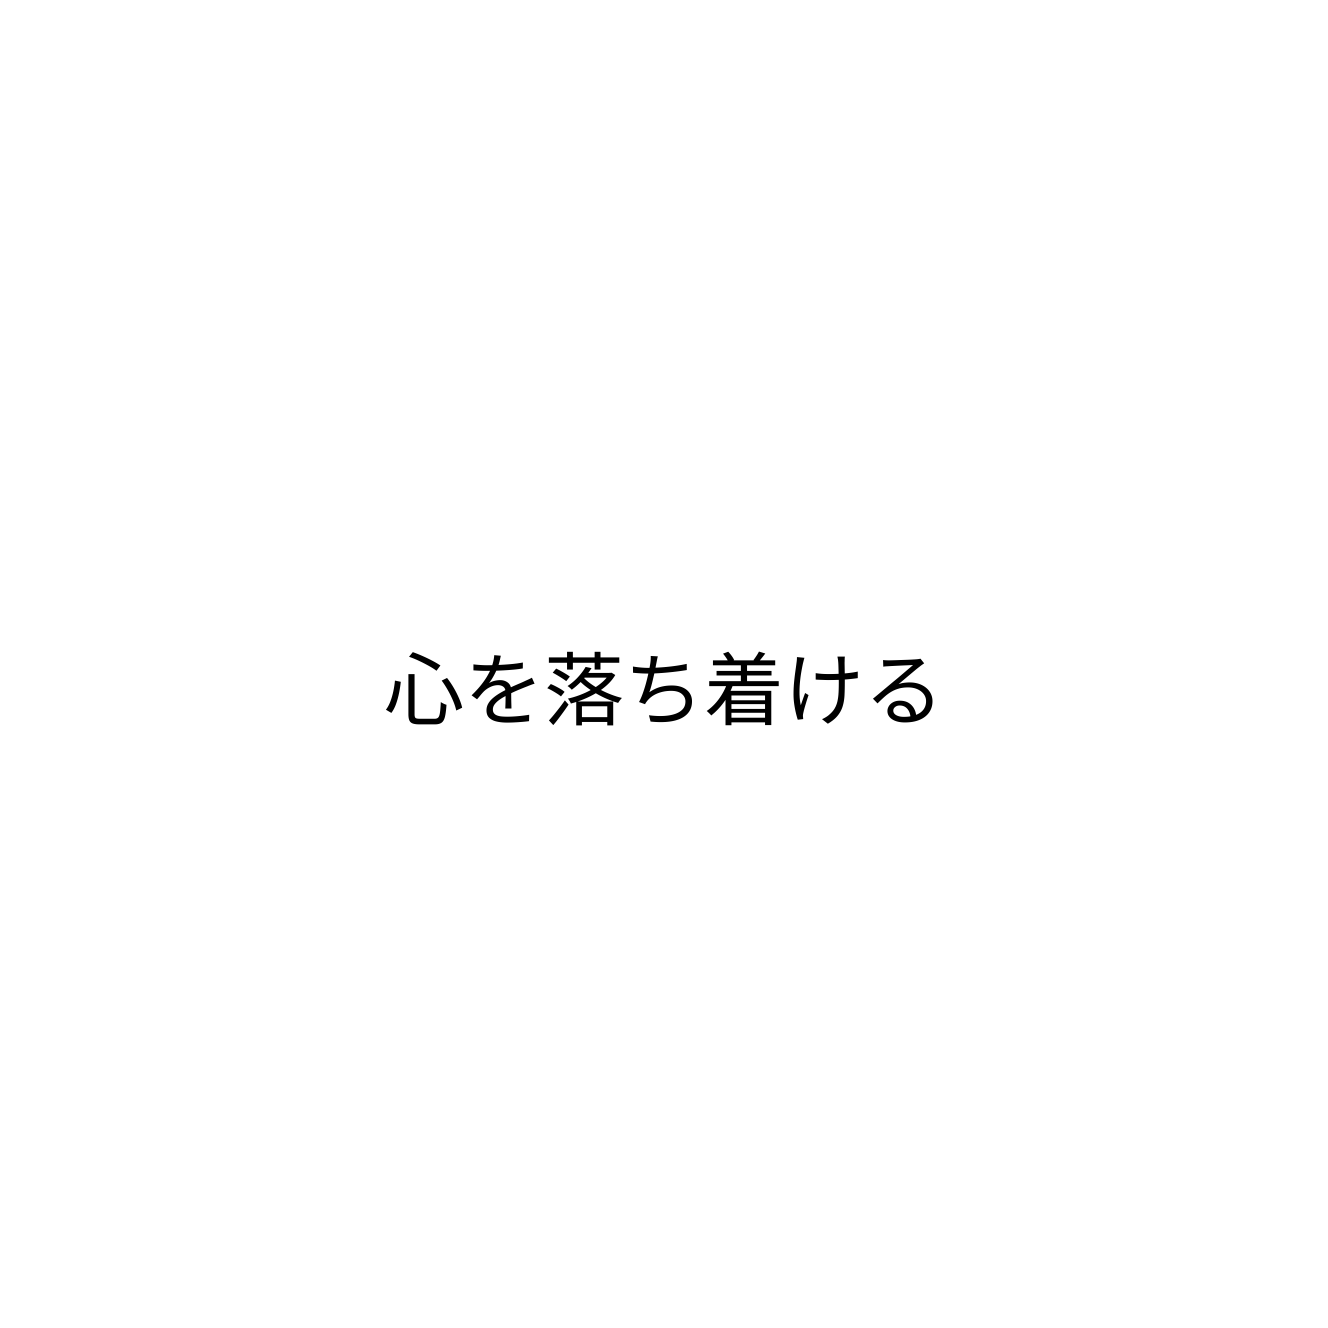
心を落ち着ける